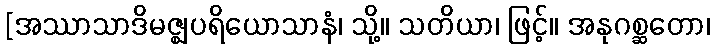
[အဿာသာဒိမဇ္ဈပရိယောသာနံ၊ သို့။ သတိယာ၊ ဖြင့်။ အနုဂစ္ဆတော၊